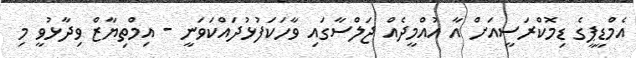
އެމްޑީޕީގެ ޑިމޮކްރަސީއަށް އާ އުއްމީދެއް ޖަލްސާގައި ވާހަކަފުޅުދައްކަވަނީ - އިމްތިޔާޒް ވިދާޅުވީ މި